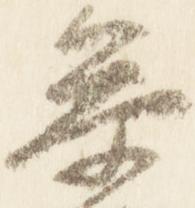
参